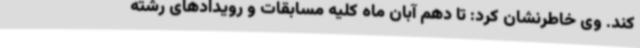
کند. وی خاطرنشان کرد: تا دهم آبان ماه کلیه مسابقات و رویدادهای رشته